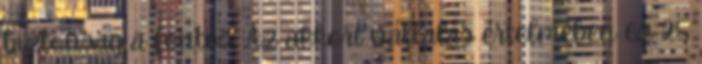
biztonság a fontos. Az akkori vállalás értelmében ez 25